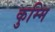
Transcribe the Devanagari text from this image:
कुम्मि